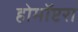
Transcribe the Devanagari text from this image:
होमॉप्टरा